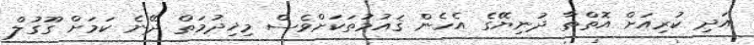
އަދި ކުރިއަށް އޮތްތާ ދުނިޔޭގެ އެހެން ޤައުމުތަކަށްވެސް މިޚިދުމަތް ދޭނެ ކަމަށް ގޫގުލް